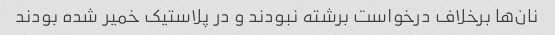
نان‌ها برخلاف درخواست برشته نبودند و در پلاستیک خمیر شده بودند